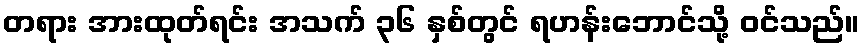
တရား အားထုတ်ရင်း အသက် ၃၆ နှစ်တွင် ရဟန်းဘောင်သို့ ဝင်သည်။